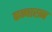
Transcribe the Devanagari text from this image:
कन्यारत्न